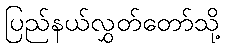
ပြည်နယ်လွှတ်တော်သို့